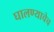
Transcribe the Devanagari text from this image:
घालण्याचेच